Report on lock hospitals in British Burma
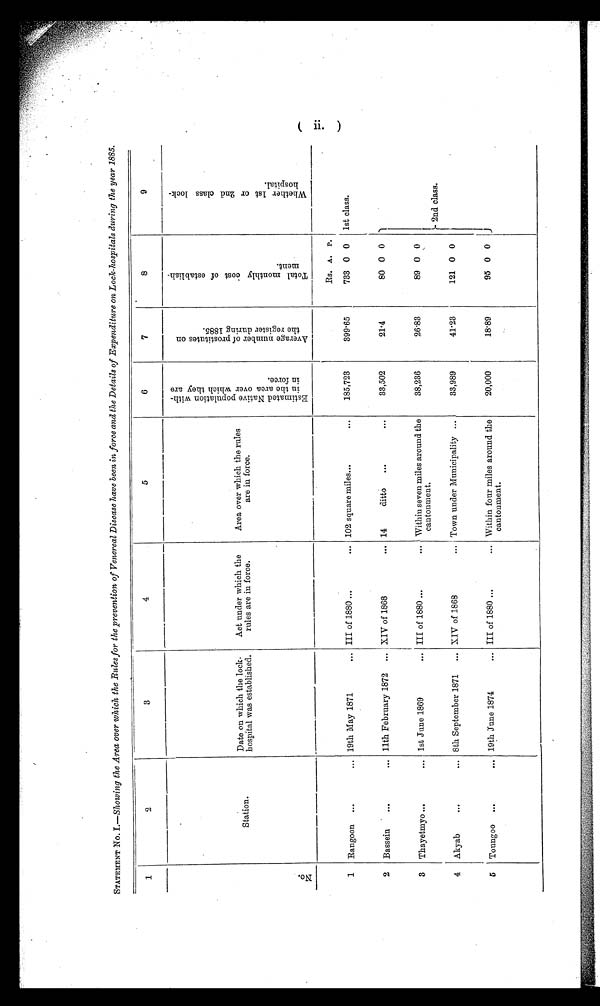
STATEMENT No. I.—Showing the Area over which, the Rules for the prevention of Venereal Disease have been in force and the Details of Expenditure on Lock-hospitals during the year 1885.
1
2
3
4
5
6
7
8
9
N o .
Station .
Date on which the lock-
hospital was established.
Act under which the
rules are in force.
Area over which the rules
are in force.
E s t i m a t e d N a t i v e p o p u l a t i o n w i t h i n t h e a r e a o v e r w h i c h t h e y a r e i n f o r c e .
A v e r a g e n u m b e r o f p r o s t i t u t e s o n t h e r e g i s t e r d u r i n g 1 8 8 5 .
T o t a l m o n t h l y c o s t o f e s t a b l i s h m e n t .
W h e t h e r 1 s t o r 2 n d c l a s s l o c k - h o s p i t a l .
1
Rangoon
...
... 19th May 1871
... III of 1880 ...
... 102 square miles...
...
185,723
39965
Rs. A. P.
733 0 0
1st class.
2
Bassein
...
... 11th February 1872
... XIV of 1868
... 14
ditto
...
. . .
33,502
214
80 0 0
3
Thayetmyo ...
... 1st June 1869
... III of 1880 ...
... Within seven miles around the
cantonment.
38,236
26.83
89 0 0
4
Akyab
...
... 8th September 1871
... XIV of 1868
... Town under Municipality ...
33,989
41-23
121 0 0
2nd class.
5
Toungoo
...
... 19th June 1874
... III of 1880 ...
... Within four miles around the
cantonment.
20,000
18.89
95 0 0
ii